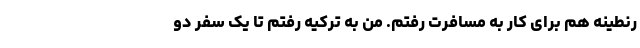
رنطینه هم برای کار به مسافرت رفتم. من به ترکیه رفتم تا یک سفر دو